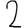
Digit: 2